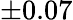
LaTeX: \pm 0.07